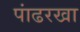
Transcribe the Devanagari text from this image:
पांढरखा